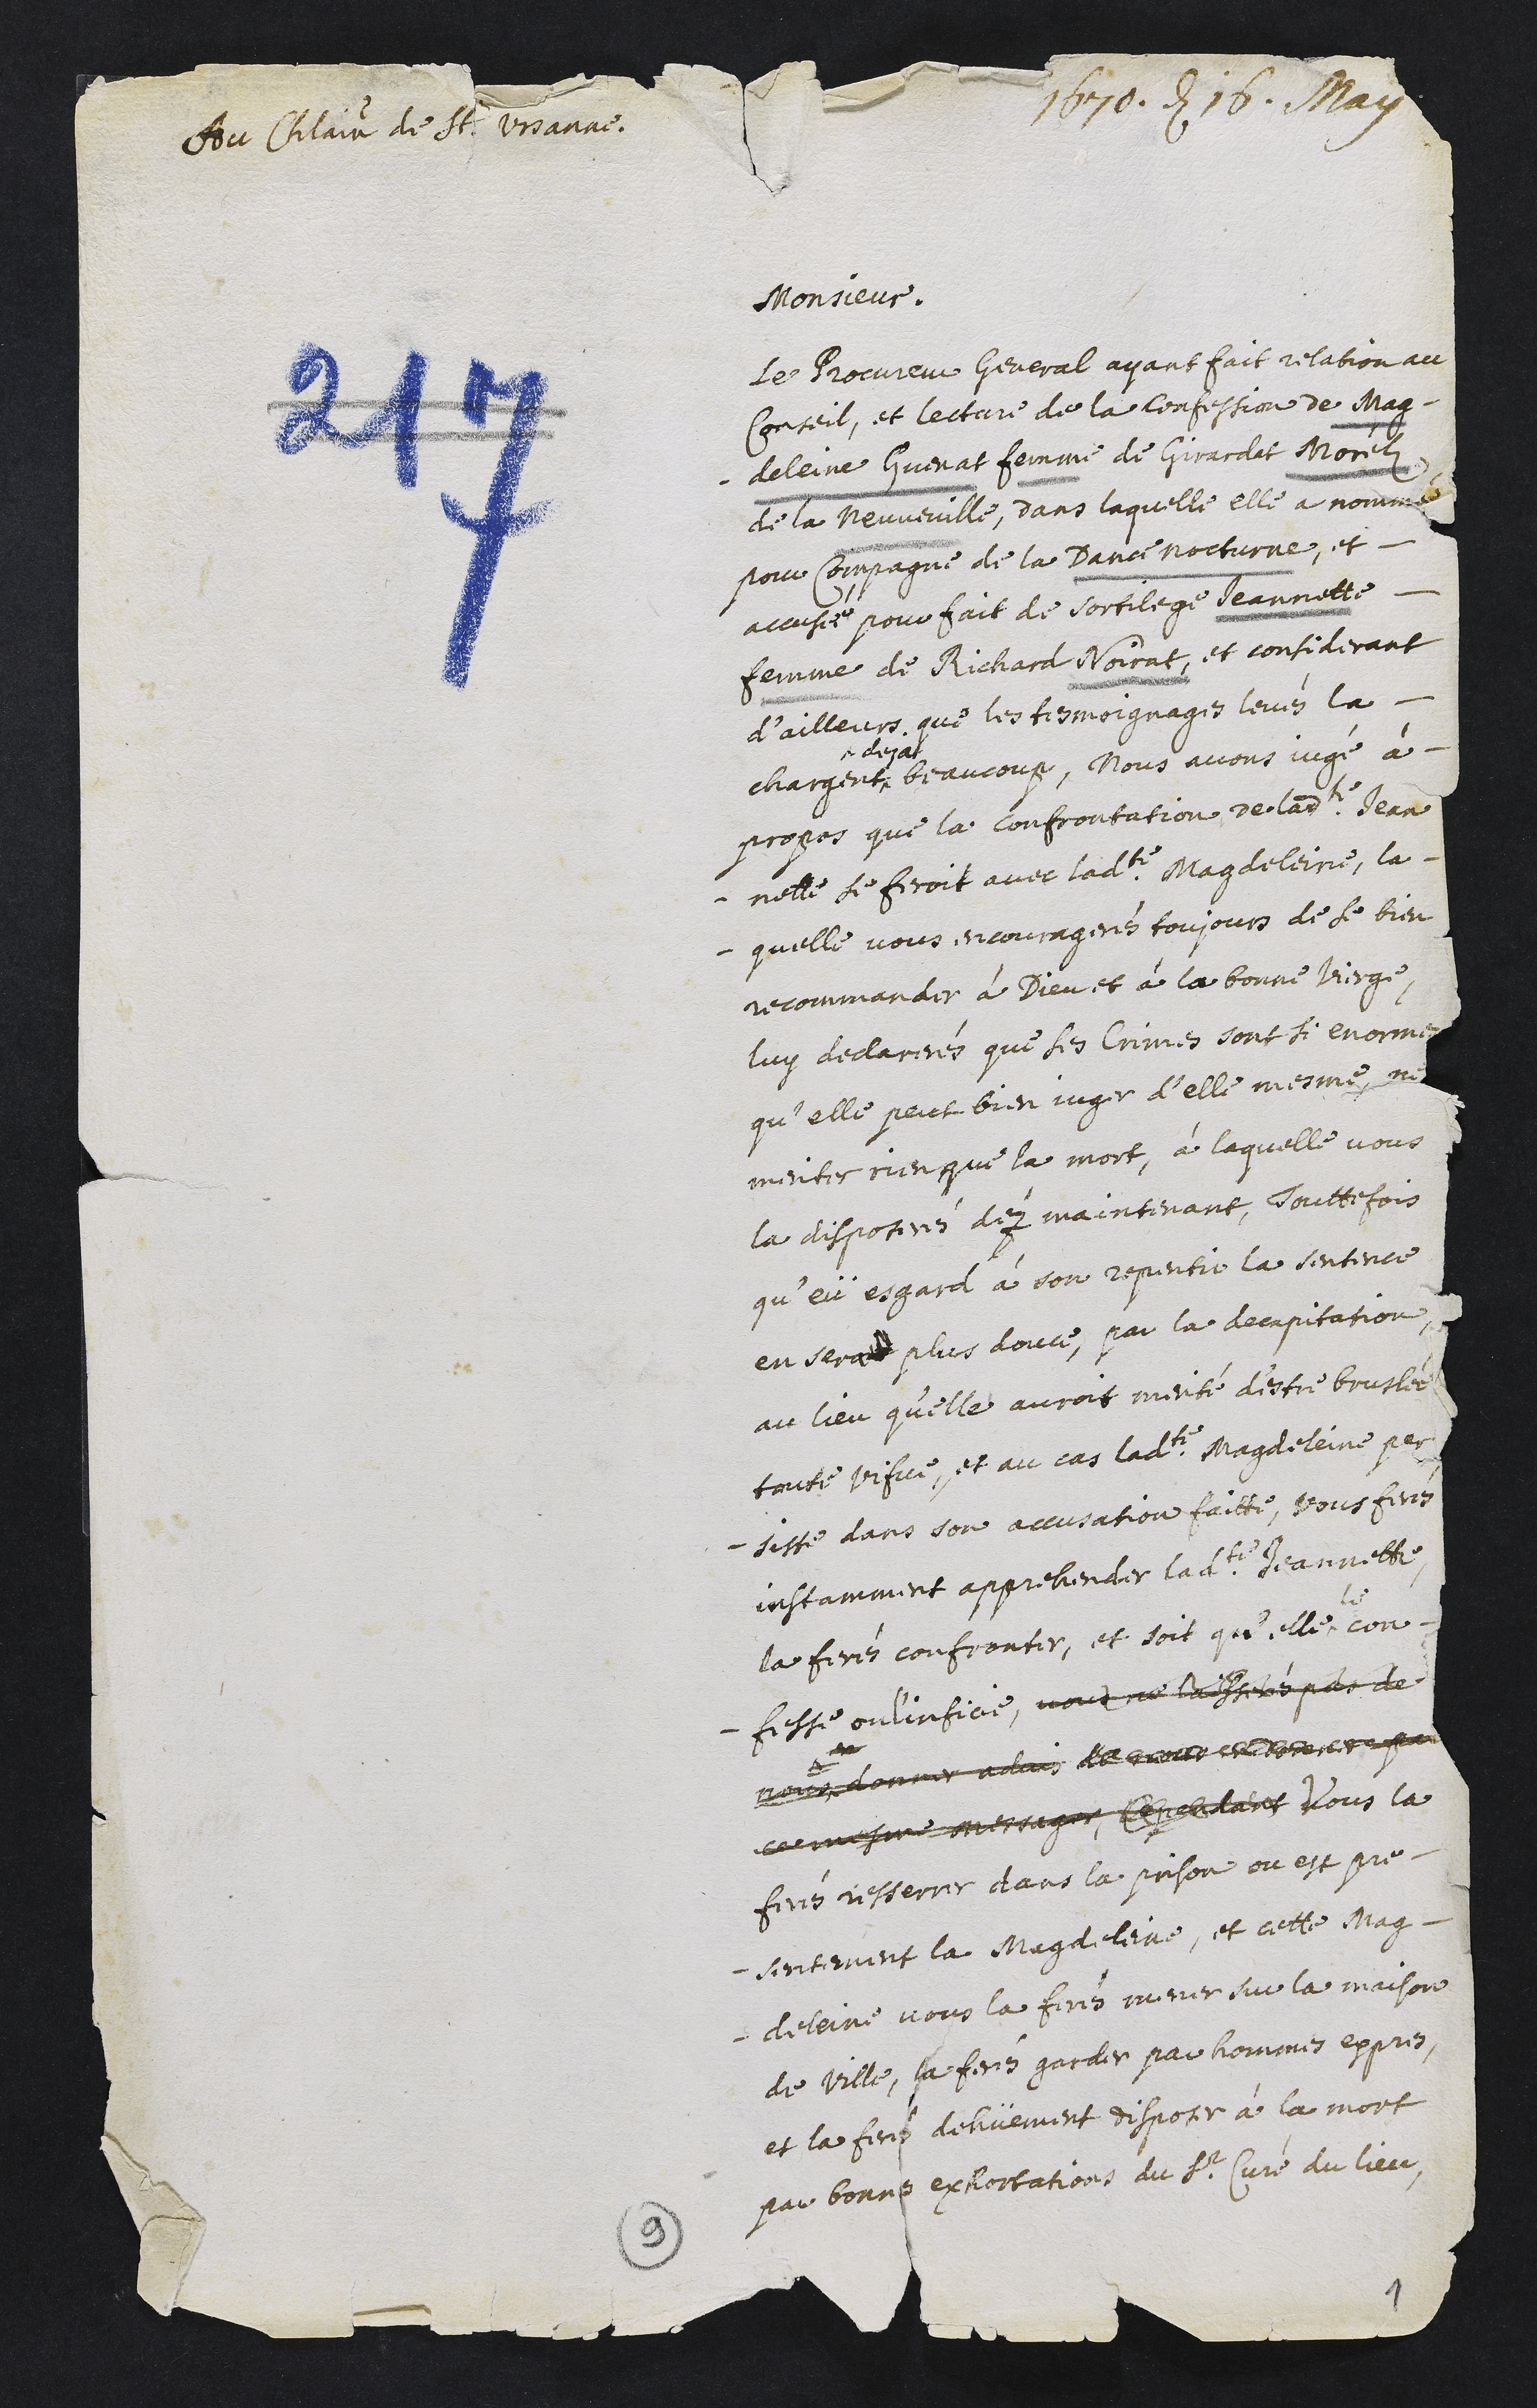
Au Chatelain de St. Ursanne.
1670. den 16. May
Monsieur,
Le procureur general ayant fait relation au
Conseil, et lecture de la confession de Mag-
deleine Guenat femme de Girardat Morelz
de la Neuveville, dans laquelle elle a nommée
pour compagne de la dance nocturne, et
accusée pour fait de sortilege Jeannette
femme de Richard Noirat, et considerant
d’ailleurs que les tesmoignages levés la
chargent^
^dejat
beaucoup, nous avons jugé à
propos que la confrontation de ladite Jean
- nette se feroit avec ladite Magdeleine, la-
- quelle vous encouragerés toujours de se bien
recommander à Dieu et à la bonne vierge,
luy declarerés que ses crimes sont si enorme
qu’elle peut bien juger d’elle mesme ni
meriter rien que la mort, à laquelle vous
la disposerés déz maintenant. Touttefois
qu’eü esgard à son repentir, la sentence
en serat plus douce, par la decapitation,
au lieu qu’elle auroit merité d’estre bruslée
toute vifue, et au cas ladite Magdeleine per
- siste dans son accusation faitte, vous ferés
instamment apprehender ladite Jeannette,
la ferés confronter, et soit qu’elle^
le
con-
- fesse ou l’inficie, vous ne laisserés pas de
nous donner advis de ???????????????????????? par
ces mesme messager, cependant vous la
ferés resserrer dans la prison ou est pre-
- sentement la Magdeleine. Et cette Mag-
- deleine vous la ferés mener sur la maison
de ville, la ferés garder par hommes expres,
et la ferés dehüement disposer à la mort
par bonne exhortations du sieur curé du lieu,